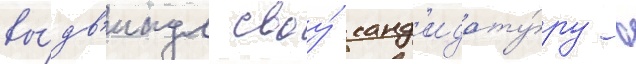
вы́дв'инул своу́ канд'идату́ру в